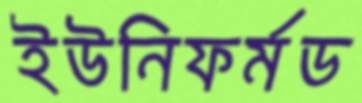
ইউনিফর্মড